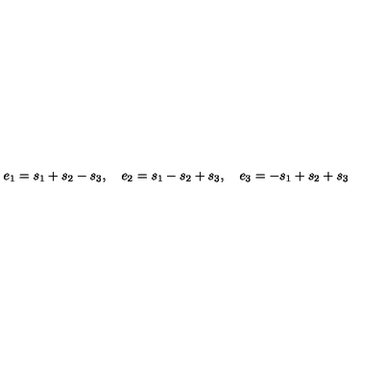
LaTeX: e _ { 1 } = s _ { 1 } + s _ { 2 } - s _ { 3 } , \quad e _ { 2 } = s _ { 1 } - s _ { 2 } + s _ { 3 } , \quad e _ { 3 } = - s _ { 1 } + s _ { 2 } + s _ { 3 }